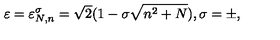
\varepsilon = \varepsilon _ { N , n } ^ { \sigma } = \sqrt { 2 } ( 1 - \sigma \sqrt { n ^ { 2 } + N } ) , \sigma = \pm ,